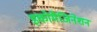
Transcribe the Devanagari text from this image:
इकोमैजिनेशन